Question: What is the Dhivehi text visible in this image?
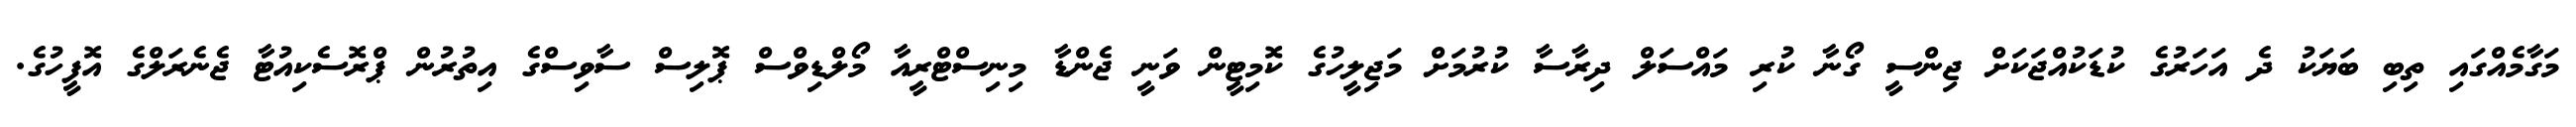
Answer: މަގާމެއްގައި ތިބި ބަޔަކު ދެ އަހަރުގެ ކުޑަކުއްޖަކަށް ޖިންސީ ގޯނާ ކުރި މައްސަލް ދިރާސާ ކުރުމަށް މަޖިލީހުގެ ކޮމިޓީން ވަނީ ޖެންޑާ މިނިސްޓްރީއާ މޯލްޑިވްސް ޕޮލިސް ސާވިސްގެ އިތުރުން ޕްރޮސެކިއުޓާ ޖެނެރަލްގެ އޮފީހުގެ.